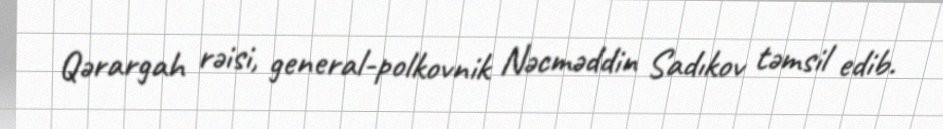
Qərargah rəisi, general-polkovnik Nəcməddin Sadıkov təmsil edib.